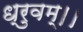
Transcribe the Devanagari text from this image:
ध्रुवम्।।